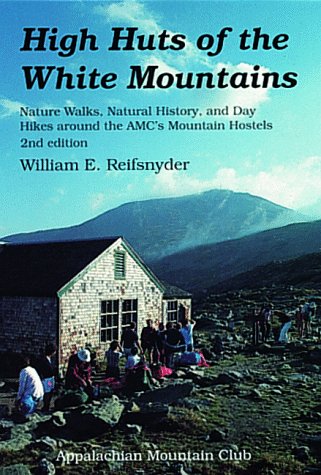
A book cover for High Huts of the White Mountains, 2nd: Nature Walks, Natural History, and Day Hikes around the AMC's Mountain Hostels; William Reifsnyder; Travel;